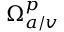
\Omega _ { a / v } ^ { p }